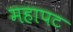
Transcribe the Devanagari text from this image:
महापट